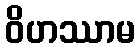
ဝိဟဿာမ